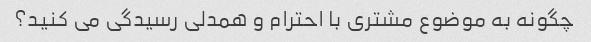
چگونه به موضوع مشتری با احترام و همدلی رسیدگی می کنید؟